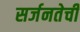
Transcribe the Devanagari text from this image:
सर्जनतेची